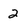
Character: 2